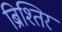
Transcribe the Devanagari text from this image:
ब्रिश्तिर